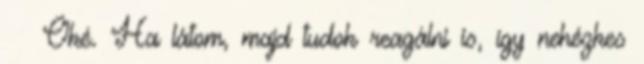
Oké. Ha látom, majd tudok reagálni is, így nehézkes